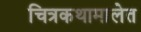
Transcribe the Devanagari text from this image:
चित्रकथामालेत